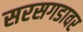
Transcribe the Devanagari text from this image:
सरसगडावर